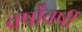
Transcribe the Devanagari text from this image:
वर्षोंवर्षीं